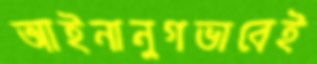
আইনানুগভাবেই